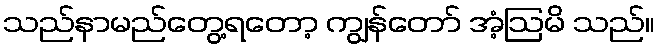
သည်နာမည်တွေ့ရတော့ ကျွန်တော် အံ့ဩမိ သည်။